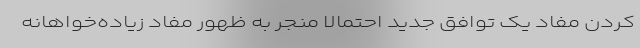
کردن مفاد یک توافق جدید احتمالاً منجر به ظهور مفاد زیاده‌خواهانه